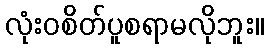
လုံးဝစိတ်ပူစရာမလိုဘူး။